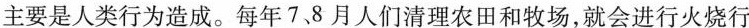
主要是人类行为造成。每年7，8月人们清理农田和牧场，就会进行火烧行